Report on vaccination proceedings throughout the Government of Bengal -
Year: 1868
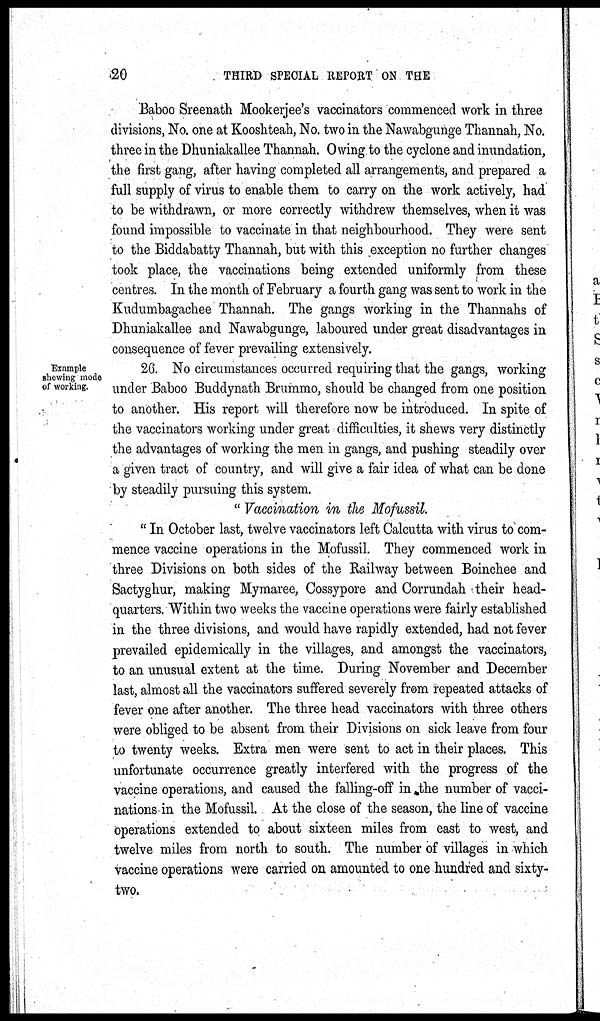
20
THIRD SPECIAL REPORT ON THE
Baboo Sreenath Mookerjee's vaccinators commenced work in three
divisions, No. one at Kooshteah, No. two in the Nawabgunge Thannah, No.
three in the Dhuniakallee Thannah. Owing to the cyclone and inundation,
the first gang, after having completed all arrangements, and prepared a
full supply of virus to enable them to carry on the work actively, had
to be withdrawn, or more correctly withdrew themselves, when it was
found impossible to vaccinate in that neighbourhood. They were sent
to the Biddabatty Thannah, but with this exception no further changes
took place, the vaccinations being extended uniformly from these
centres. In the month of February a fourth gang was sent to work in the
Kudumbagachee Thannah. The gangs working in the Thannahs of
Dhuniakallee and Nawabgunge, laboured under great disadvantages in
consequence of fever prevailing extensively.
Example
shewing mode
of working
26. No circumstances occurred requiring that the gangs, working
under Baboo Buddynath Brummo, should be changed from one position
to another. His report will therefore now be introduced. In spite of
the vaccinators working under great difficulties, it shews very distinctly
the advantages of working the men in gangs, and pushing steadily over
a given tract of country, and will give a fair idea of what can be done
by steadily pursuing this system.
" Vaccination in the Mofussil.
" In October last, twelve vaccinators left Calcutta with virus to com-
mence vaccine operations in the Mofussil. They commenced work in
three Divisions on both sides of the Railway between Boinchee and
Sactyghur, making Mymaree, Cossypore and Corrundah their head-
quarters. Within two weeks the vaccine operations were fairly established
in the three divisions, and would have rapidly extended, had not fever
prevailed epidemically in the villages, and amongst the vaccinators,
to an unusual extent at the time. During November and December
last, almost all the vaccinators suffered severely from repeated attacks of
fever one after another. The three head vaccinators with three others
were obliged to be absent from their Divisions on sick leave from four
to twenty weeks. Extra men were sent to act in their places. This
unfortunate occurrence greatly interfered with the progress of the
vaccine operations, and caused the falling-off in the number of vacci-
nations in the Mofussil. At the close of the season, the line of vaccine
operations extended to about sixteen miles from east to west, and
twelve miles from north to south. The number of villages in which
vaccine operations were carried on amounted to one hundred and sixty-
two.